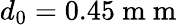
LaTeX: d_{0}=0.45\mathrm{~m~m~}